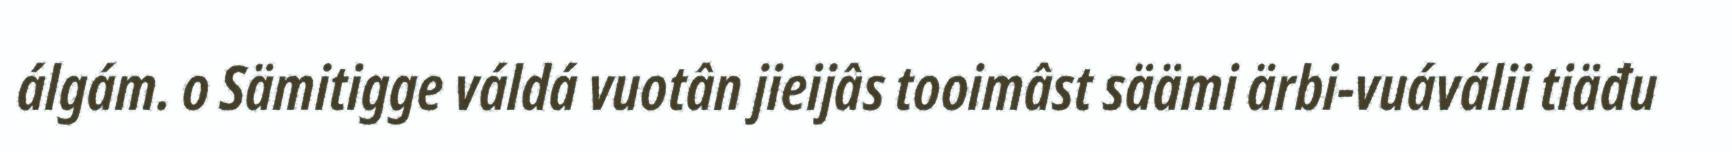
álgám. o Sämitigge váldá vuotân jieijâs tooimâst säämi ärbi-vuáválii tiäđu